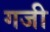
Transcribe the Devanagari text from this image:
गजी